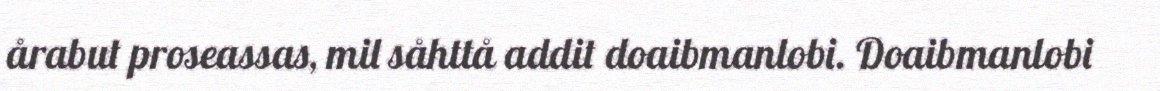
årabut proseassas, mil såhttå addit doaibmanlobi. Doaibmanlobi